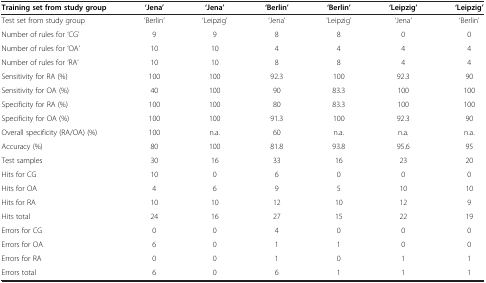
<table><thead><tr><td><b>Training set from study group</b></td><td><b>‘Jena’</b></td><td><b>‘Jena’</b></td><td><b>‘Berlin’</b></td><td><b>‘Berlin’</b></td><td><b>‘Leipzig’</b></td><td><b>‘Leipzig’</b></td></tr></thead><tbody><tr><td>Test set from study group</td><td>‘Berlin’</td><td>‘Leipzig’</td><td>‘Jena’</td><td>‘Leipzig’</td><td>‘Jena’</td><td>‘Berlin’</td></tr><tr><td>Number of rules for ‘CG’</td><td>9</td><td>9</td><td>8</td><td>8</td><td>0</td><td>0</td></tr><tr><td>Number of rules for ‘OA’</td><td>10</td><td>10</td><td>4</td><td>4</td><td>4</td><td>4</td></tr><tr><td>Number of rules for ‘RA’</td><td>10</td><td>10</td><td>8</td><td>8</td><td>4</td><td>4</td></tr><tr><td>Sensitivity for RA (%)</td><td>100</td><td>100</td><td>92.3</td><td>100</td><td>92.3</td><td>90</td></tr><tr><td>Sensitivity for OA (%)</td><td>40</td><td>100</td><td>90</td><td>83.3</td><td>100</td><td>100</td></tr><tr><td>Specificity for RA (%)</td><td>100</td><td>100</td><td>80</td><td>83.3</td><td>100</td><td>100</td></tr><tr><td>Specificity for OA (%)</td><td>100</td><td>100</td><td>91.3</td><td>100</td><td>92.3</td><td>90</td></tr><tr><td>Overall specificity (RA/OA) (%)</td><td>100</td><td>n.a.</td><td>60</td><td>n.a.</td><td>n.a.</td><td>n.a.</td></tr><tr><td>Accuracy (%)</td><td>80</td><td>100</td><td>81.8</td><td>93.8</td><td>95.6</td><td>95</td></tr><tr><td>Test samples</td><td>30</td><td>16</td><td>33</td><td>16</td><td>23</td><td>20</td></tr><tr><td>Hits for CG</td><td>10</td><td>0</td><td>6</td><td>0</td><td>0</td><td>0</td></tr><tr><td>Hits for OA</td><td>4</td><td>6</td><td>9</td><td>5</td><td>10</td><td>10</td></tr><tr><td>Hits for RA</td><td>10</td><td>10</td><td>12</td><td>10</td><td>12</td><td>9</td></tr><tr><td>Hits total</td><td>24</td><td>16</td><td>27</td><td>15</td><td>22</td><td>19</td></tr><tr><td>Errors for CG</td><td>0</td><td>0</td><td>4</td><td>0</td><td>0</td><td>0</td></tr><tr><td>Errors for OA</td><td>6</td><td>0</td><td>1</td><td>1</td><td>0</td><td>0</td></tr><tr><td>Errors for RA</td><td>0</td><td>0</td><td>1</td><td>0</td><td>1</td><td>1</td></tr><tr><td>Errors total</td><td>6</td><td>0</td><td>6</td><td>1</td><td>1</td><td>1</td></tr></tbody></table>